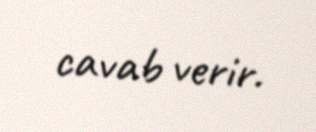
cavab verir.